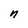
Character: n